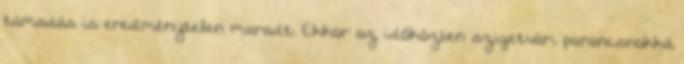
támadás is eredménytelen maradt. Ekkor az időközben szigetvári parancsnokká